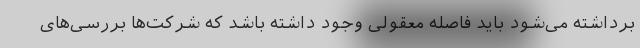
برداشته می‌شود باید فاصله معقولی وجود داشته باشد که شرکت‌ها بررسی‌های